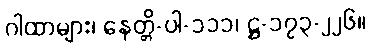
ဂါထာများ၊ နေတ္တိ-ပါ-၁၁၁၊ ဋ္ဌ-၁၇၃-၂၂၆။